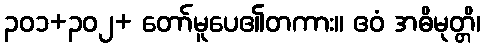
၃၀၁+၃၀၂+ တော်မူပေ၏တကား။ ဧဝံ အဓိမုတ္တိ၊